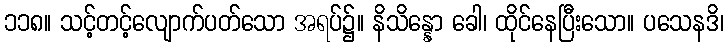
၁၁၈။ သင့်တင့်လျောက်ပတ်သော အရပ်၌။ နိသိန္နော ခေါ၊ ထိုင်နေပြီးသော။ ပသေနဒိ၊